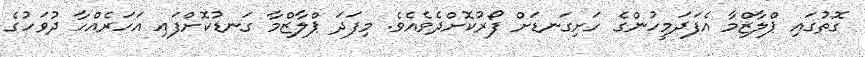
ގޮތުގައި ޕްލާޒްމާ އެފަދަމީހުންގެ ހަށިގަނޑަށް ފޯރުކޮށްދެވެއެވެ. މިފަދަ ޕްލާޒްމާ ގަނޑުކޮށްފައި އަހަރެއްހާ ދުވަހުގެ